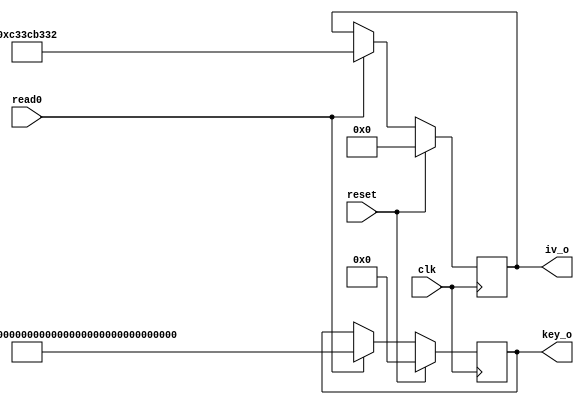
module reg_k_iv_stream_I(read0,clk,reset,key_o,iv_o);

//input [146:0]key_i;
//input [31:0]iv_i;

input read0,clk,reset;
output reg [188:0]key_o;
output reg [31:0]iv_o;


always@(posedge clk)
begin
  if(reset)
    begin
      key_o= 189'd0;
      iv_o= 32'd0;

    end

else if(read0)
    begin
      key_o=189'b10101_10101_00100_10010_10001_00110_11110000101010100101001010010100_1100001111001001001100110000111_11111100000000110011000101110001_11100100000000110011000011110001_11100100000000110011000011110001;
      iv_o=32'b11000011001111001011001100110010;
    end


end
endmodule